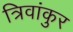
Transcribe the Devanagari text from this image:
त्रिवांकुर